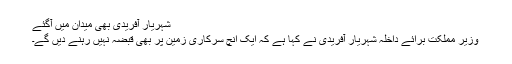
شہریار آفریدی بھی میدان میں آگئے
وزیر مملکت برائے داخلہ شہریار آفریدی نے کہا ہے کہ ایک انچ سرکاری زمین پر بھی قبضہ نہیں رہنے دیں گے۔